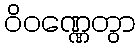
ဝိဝဏ္ဏေတွာ